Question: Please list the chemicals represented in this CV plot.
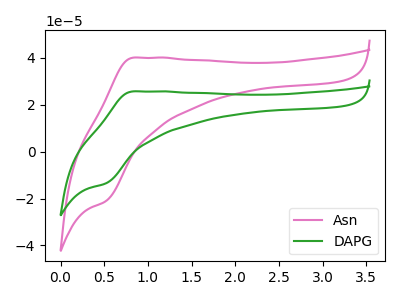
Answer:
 <answer>The pink curve is labeled "Asn". The green curve is labeled "DAPG".</answer>
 <eval></eval>